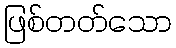
ဖြစ်တတ်သော